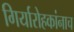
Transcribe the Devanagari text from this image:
गिर्यारोहकांनाच